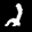
Label: 2